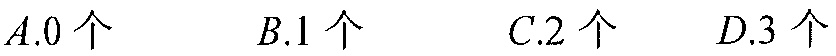
$A.0\text{ 个}$ $B.1\text{ 个}$ $C.2\text{ 个}$ $D.3\text{ 个}$